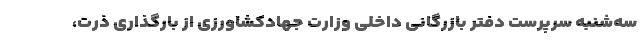
سه‌شنبه سرپرست دفتر بازرگانی داخلی وزارت جهادکشاورزی از بارگذاری ذرت،